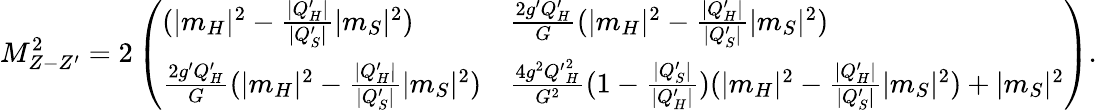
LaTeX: M_{Z-Z^{\prime}}^{2}=2\left(\begin{array}{ll}{{(|m_{H}|^{2}-{\frac{|Q_{H}^{\prime}|}{|Q_{S}^{\prime}|}}|m_{S}|^{2})}}&{{{\frac{2g^{\prime}Q_{H}^{\prime}}{G}}(|m_{H}|^{2}-{\frac{|Q_{H}^{\prime}|}{|Q_{S}^{\prime}|}}|m_{S}|^{2})}}\\ {{{\frac{2g^{\prime}Q_{H}^{\prime}}{G}}(|m_{H}|^{2}-{\frac{|Q_{H}^{\prime}|}{|Q_{S}^{\prime}|}}|m_{S}|^{2})}}&{{{\frac{4g^{2}{Q^{\prime}}_{H}^{2}}{G^{2}}}(1-{\frac{|Q_{S}^{\prime}|}{|Q_{H}^{\prime}|}})(|m_{H}|^{2}-{\frac{|Q_{H}^{\prime}|}{|Q_{S}^{\prime}|}}|m_{S}|^{2})+|m_{S}|^{2}}}\end{array}\right).